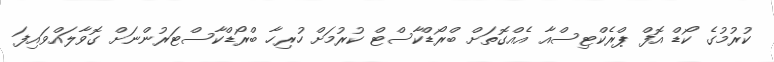
ކުރުމުގެ ކޯޑް އޮފް ޕްރެކްޓިސްއާ އެއްގޮތަށް ބްރޯޑްކާސްޓް ކުރުމަށް ހުރިހާ ބްރޯޑްކާސްޓަރުންނަށް ގޮވާލައްވައިފަ